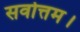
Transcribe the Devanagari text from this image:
सर्वोत्तम।